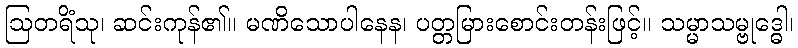
ဩတရိံသု၊ ဆင်းကုန်၏။ မဏိသောပါနေန၊ ပတ္တမြားစောင်းတန်းဖြင့်။ သမ္မာသမ္ဗုဒ္ဓေါ၊